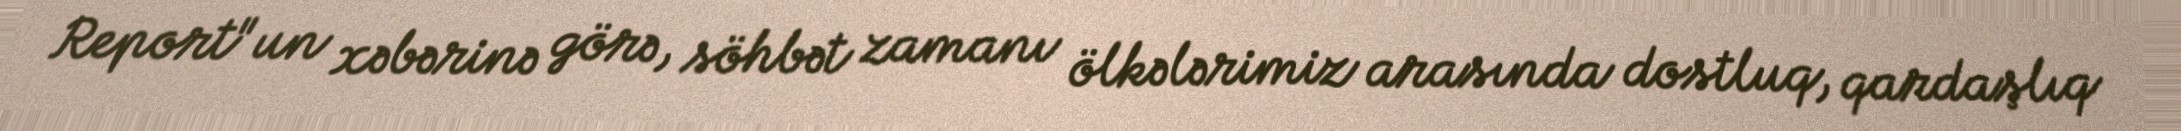
Report"un xəbərinə görə, söhbət zamanı ölkələrimiz arasında dostluq, qardaşlıq